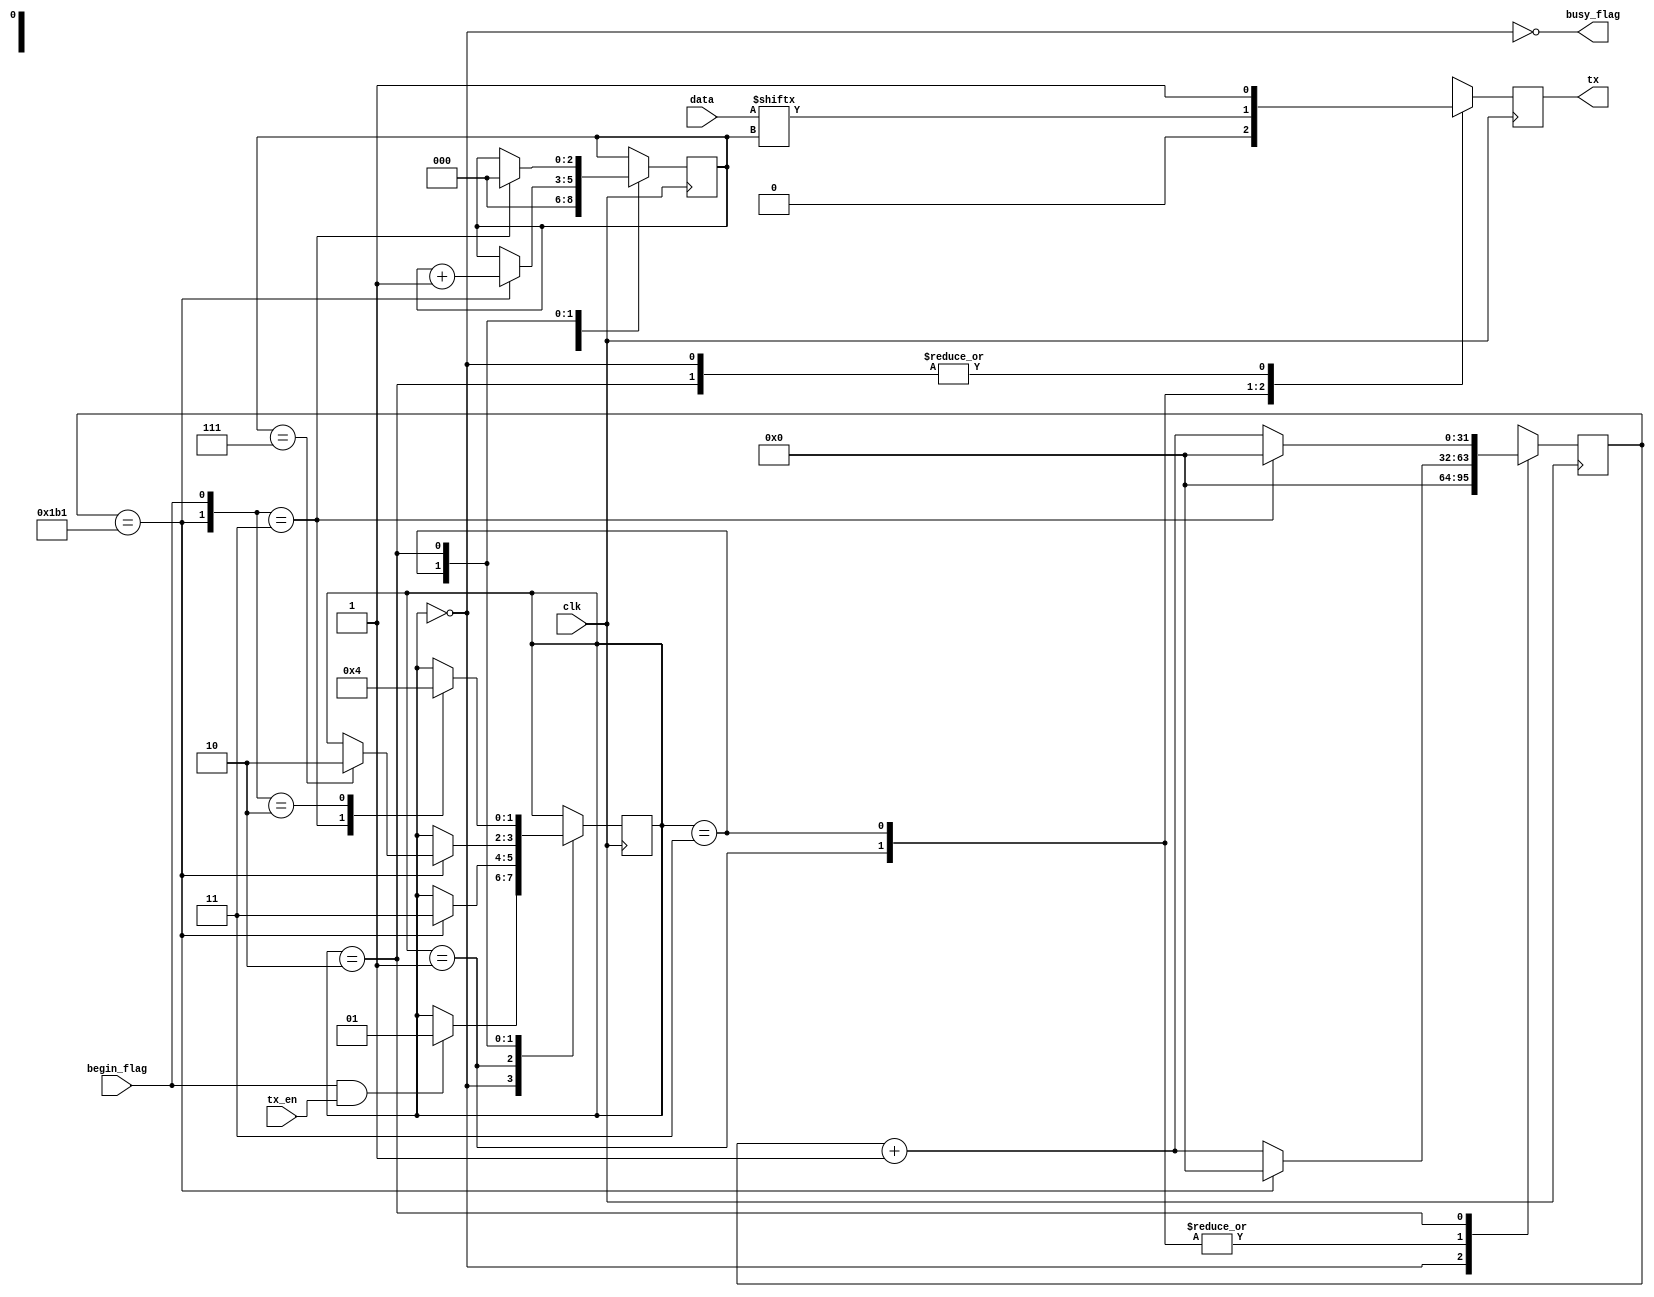
module tx(clk, tx_en, begin_flag, data, tx, busy_flag);
    input wire clk;
    input wire tx_en;
    input wire begin_flag;
    input wire[7:0] data;
    output reg tx = 1'b1;
    output wire busy_flag;

    parameter CLK_FREQ = 50_000_000;
    parameter BAUD_RATE = 115200;
    parameter CLK_COUNT_BIT = CLK_FREQ / BAUD_RATE;

    reg[1:0] state = 2'b00;
    reg[31:0] clk_count = 32'd0;
    reg[2:0] bit_count = 3'd0;
    wire update_flag;
    
    assign update_flag = (clk_count == CLK_COUNT_BIT - 32'd1);
    assign busy_flag = ~(state == 2'b00);

    always @(posedge clk) begin
        case(state)
            2'b00: begin
                tx <= 1'b1;
                clk_count = 32'd0;
                bit_count <= 3'd0;
                state <= begin_flag & tx_en ? 2'b01 : state;
            end
            2'b01: begin
                tx <= 1'b0;
                clk_count <= clk_count + 32'd1;
                if(update_flag) begin
                    state <= 2'b11;
                    clk_count <= 32'd0;
                end
            end
            2'b11: begin
                tx <= data[bit_count];
                clk_count <= clk_count + 32'd1;
                if(update_flag) begin
                    state <= (bit_count == 3'd7) ? 2'b10 : state;
                    bit_count <= bit_count + 3'd1;
                    clk_count <= 32'd0;
                end
            end
            2'b10: begin
                tx <= 1'b1;
                clk_count <= clk_count + 32'd1;
                case({update_flag, begin_flag})
                    2'b11: begin
                        state <= 2'b01;
                        clk_count <= 32'd0;
                        bit_count <= 3'd0;
                    end
                    2'b10: state <= 2'b00;
                    default: state <= state;
                endcase
            end
        endcase
    end
endmodule